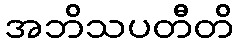
အဘိသပတီတိ